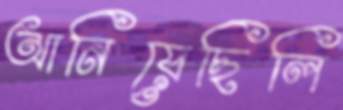
আনিয়েছিলি